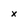
Character: x